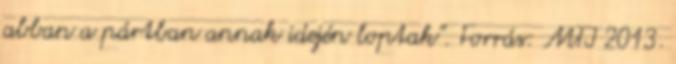
abban a pártban annak idején loptak". Forrás: MTI 2013.